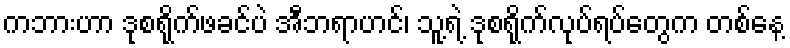
ကဘားဟာ ဒုစရိုက်ဖခင်ပဲ အီဘရာဟင်၊ သူ့ရဲ့ ဒုစရိုက်လုပ်ရပ်တွေက တစ်နေ့